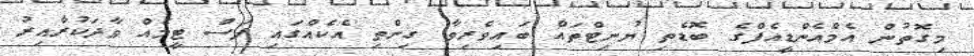
މިގޮތުން އެމްއެންޑީއެފްގެ ބޮޑެތި ޔުނިޓްތައް ބައިވެރިވާ ގިންތި އެކެއްގައި ފަސް ޓީމެއް ވާދަކުރާއިރު